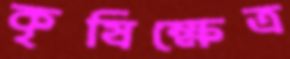
কৃষিক্ষেত্র